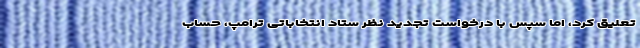
تعلیق کرد، اما سپس با درخواست تجدید نظر ستاد انتخاباتی ترامپ، حساب